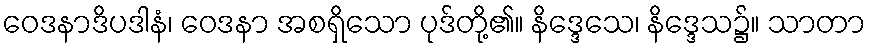
ဝေဒနာဒိပဒါနံ၊ ဝေဒနာ အစရှိသော ပုဒ်တို့၏။ နိဒ္ဒေသေ၊ နိဒ္ဒေသ၌။ သာတာ